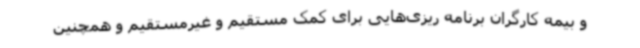
و بیمه کارگران برنامه ریزی‌هایی برای کمک مستقیم و غیرمستقیم و همچنین